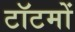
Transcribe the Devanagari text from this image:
टॉटमों